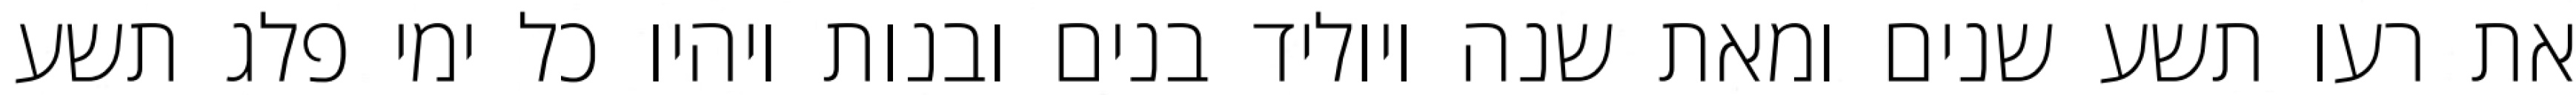
את רעו תשע שנים ומאת שנה ויוליד בנים ובנות ויהיו כל ימי פלג תשע